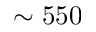
\sim 5 5 0